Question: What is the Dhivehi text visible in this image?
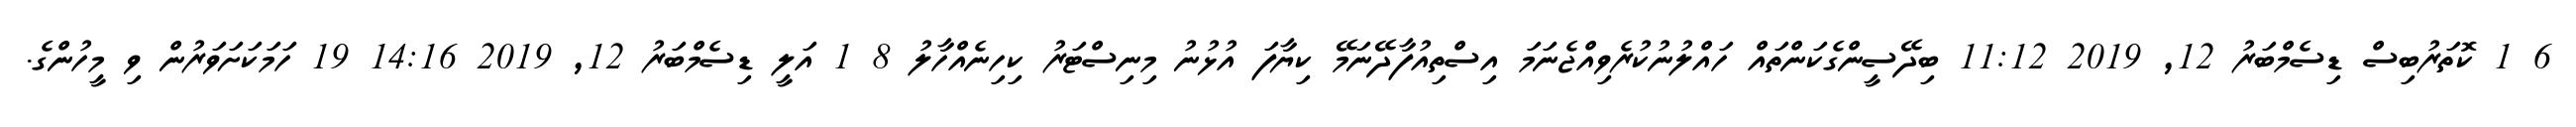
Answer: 6 1 ކޮތަރުބިސް ޑިސެމްބަރު 12, 2019 11:12 ބިދޭސީންގެކަންތައް ހައްލުނުކުރެވިއްޖެނަމަ އިސްތިއުފާދޭނަމޭ ކިޔާފަ އުޅުނު މިނިސްޓަރު ކިހިނެއްހާލު 8 1 އަލީ ޑިސެމްބަރު 12, 2019 14:16 19 ހަމަކަށަވަރުން ވި މީހުންގެ.